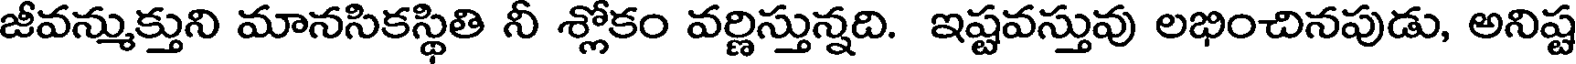
జీవన్ముక్తుని మానసికస్థితి నీ శ్లోకం వర్ణిస్తున్నది. ఇష్టవస్తువు లభించినపుడు, అనిష్ట